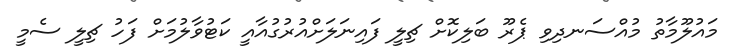
މައުލޫމާތު މުއްސަނދިވި ޕެރޫ ބަލިކޮށް ޗިލީ ފައިނަލަށްއުުރުގުއާއީ ކަޓުވާލުމަށް ފަހު ޗިލީ ސެމީ